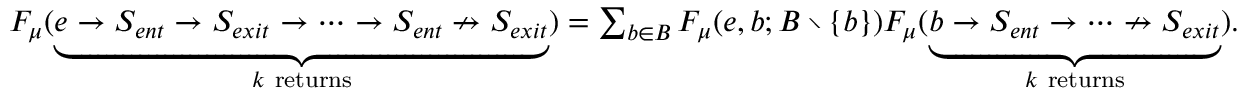
\begin{array} { r l } & { F _ { \mu } ( \underbrace { e \rightarrow S _ { e n t } \rightarrow S _ { e x i t } \rightarrow \dots \rightarrow S _ { e n t } \nrightarrow S _ { e x i t } } _ { k \mathrm { ~ r e t u r n s } } ) = \sum _ { b \in B } F _ { \mu } ( e , b ; B \setminus \{ b \} ) F _ { \mu } ( \underbrace { b \rightarrow S _ { e n t } \rightarrow \dots \nrightarrow S _ { e x i t } } _ { k \mathrm { ~ r e t u r n s } } ) . } \end{array}